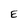
Character: E